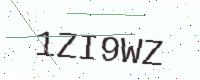
Text: 1ZI9WZ